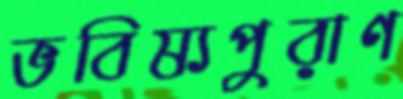
ভবিষ্যপুরাণ